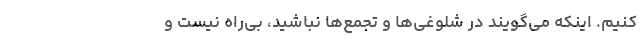
کنیم. اینکه می‌گویند در شلوغی‌ها و تجمع‌ها نباشید، بی‌راه نیست و